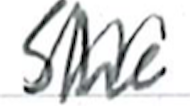
Text: she
Cross-out: zig-zag
Writing tool: ballpoint